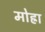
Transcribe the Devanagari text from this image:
मोह्रा